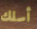
أسلك